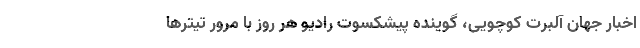
اخبار جهان آلبرت کوچویی، گوینده پیشکسوت رادیو هر روز با مرور تیترها